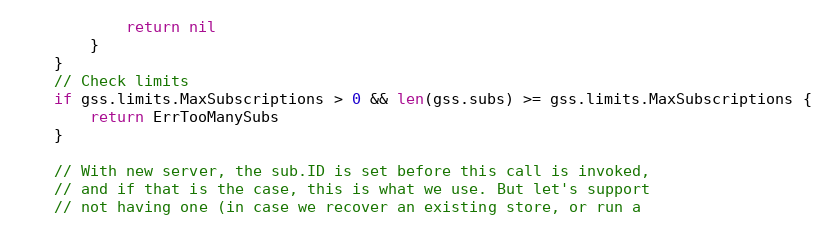
Language: Go
			return nil
		}
	}
	// Check limits
	if gss.limits.MaxSubscriptions > 0 && len(gss.subs) >= gss.limits.MaxSubscriptions {
		return ErrTooManySubs
	}

	// With new server, the sub.ID is set before this call is invoked,
	// and if that is the case, this is what we use. But let's support
	// not having one (in case we recover an existing store, or run a